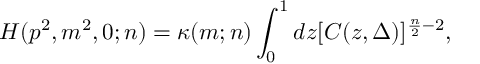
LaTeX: H ( p ^ { 2 } , m ^ { 2 } , 0 ; n ) = \kappa ( m ; n ) \int _ { 0 } ^ { 1 } d z [ C ( z , \Delta ) ] ^ { \frac { n } { 2 } - 2 } ,